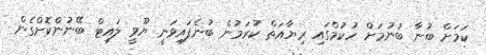
ކަމަށް ބުނާ ބުނުމަށް ހުކުމްގައި ރިޔާއަތް ކުރަމުން ބުނެފައިވަނީ ޔޫވީ ލައިޓް ބޭނުންކޮށްގެން